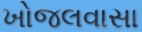
ખોજલવાસા